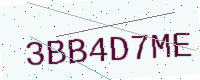
Text: 3BB4D7ME